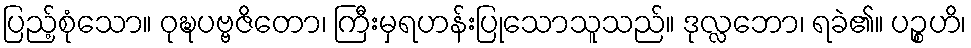
ပြည့်စုံသော။ ဝုဍ္ဎပဗ္ဗဇိတော၊ ကြီးမှရဟန်းပြုသောသူသည်။ ဒုလ္လဘော၊ ရခဲ၏။ ပဉ္စဟိ၊